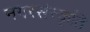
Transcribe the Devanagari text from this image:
नगरसंस्कृति